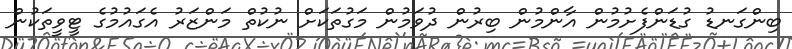
ބިންގަނޑު ގުޑަންފެށުމުން އާންމުން ބިރުން ދުވަމުން މަގުތަކަށް ނުކުތް މަންޒަރު އެގައުމުގެ ޓީވީތަކުން